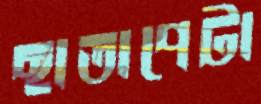
ছাতাপেটা